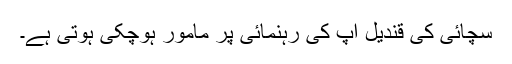
سچائی کی قندیل آپ کی رہنمائی پر مامور ہوچکی ہوتی ہے۔